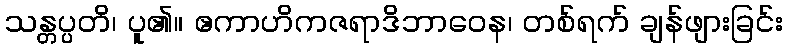
သန္တပ္ပတိ၊ ပူ၏။ ဧကာဟိကဇရာဒိဘာဝေန၊ တစ်ရက် ချန်ဖျားခြင်း